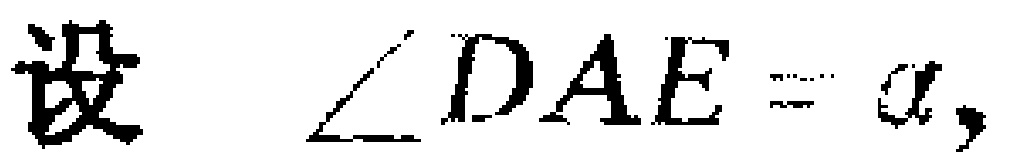
设 $\angle DAE = \alpha,$